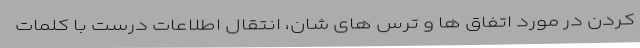
کردن در مورد اتفاق ها و ترس های شان، انتقال اطلاعات درست با کلمات